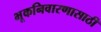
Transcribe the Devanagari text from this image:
भूकनिवारणासाठी